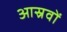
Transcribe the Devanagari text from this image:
आस्रवों